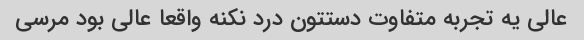
عالی یه تجربه متفاوت دستتون درد نکنه واقعا عالی بود مرسی